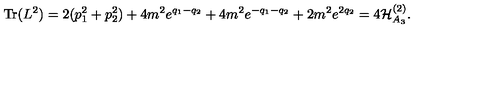
\mathrm { T r } ( L ^ { 2 } ) = 2 ( p _ { 1 } ^ { 2 } + p _ { 2 } ^ { 2 } ) + 4 m ^ { 2 } e ^ { q _ { 1 } - q _ { 2 } } + 4 m ^ { 2 } e ^ { - q _ { 1 } - q _ { 2 } } + 2 m ^ { 2 } e ^ { 2 q _ { 2 } } = 4 { \cal H } _ { A _ { 3 } } ^ { ( 2 ) } .